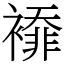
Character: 䙣